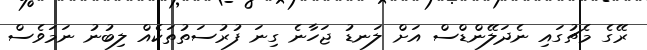
ރޭގެ މެޗުގައި ނެދަލޭންޑްސް އަށް ލަނޑު ޖަހާނެ ގިނަ ފުރުސަތުތަކެއް ލިބުނު ނަމަވެސް